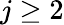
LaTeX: j\geq 2